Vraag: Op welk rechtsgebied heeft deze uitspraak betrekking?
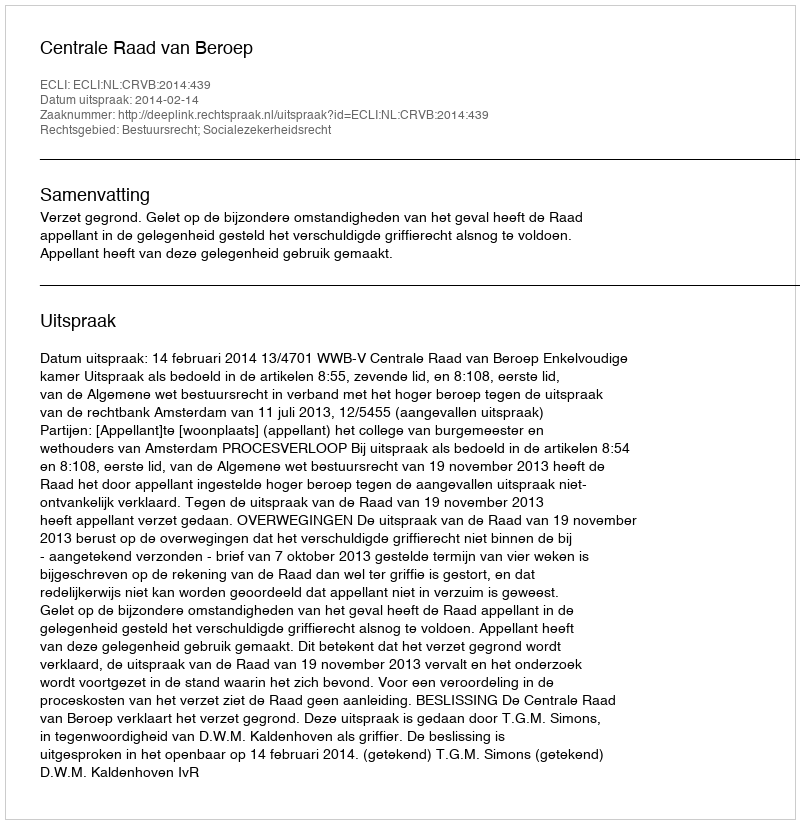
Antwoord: Bestuursrecht; Socialezekerheidsrecht